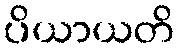
ပိယာယတိ